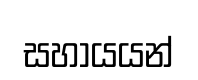
සහායයන්